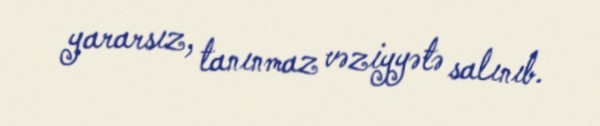
yararsız, tanınmaz vəziyyətə salınıb.